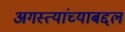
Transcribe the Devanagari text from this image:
अगस्त्यांच्याबद्दल